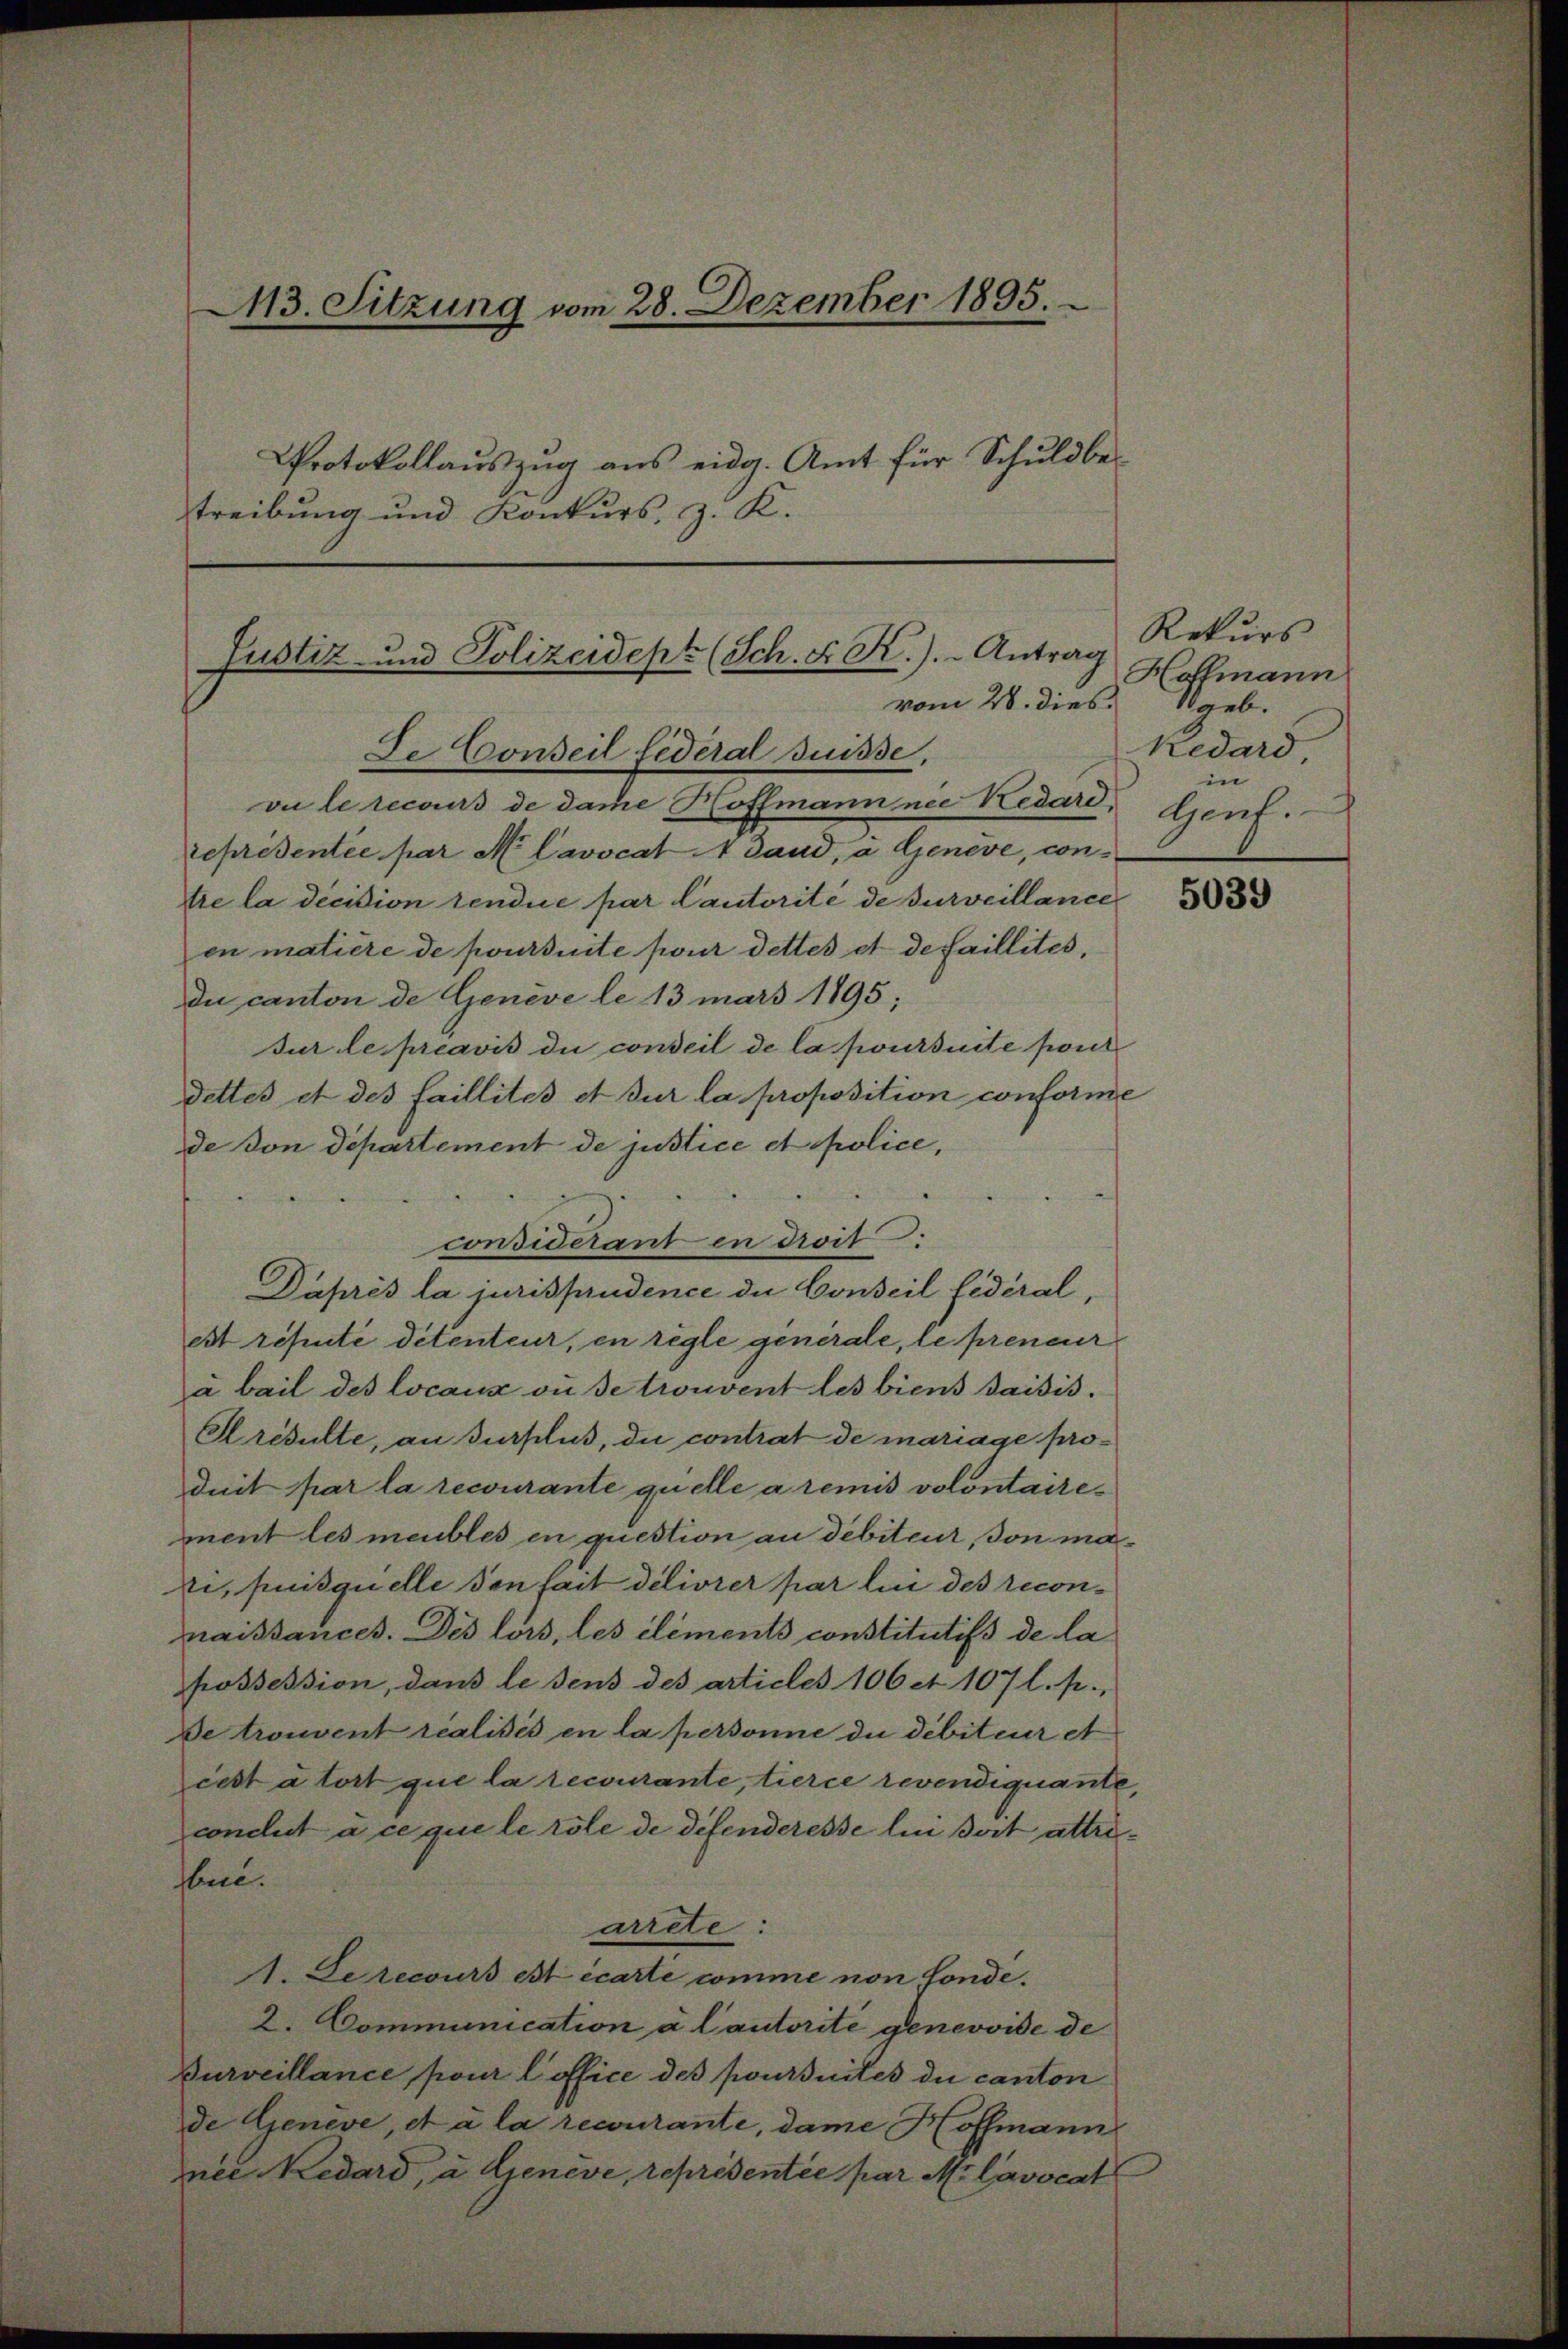
113. Sitzung vom 28. Dezember 1895.
Protokollauszug aus eidg. Amt für Schuldbetreibung und Konkurs, z. K.

Justiz- und Polizeidept (Sch. Fr. K.). Antrag
vom 28. dies
Se Conseil lederal Suisse,

vu le recours de dame Hoffmann nie Kedard
représentée par N. Cavocat 4 Sand, a. Geneve, contre la décision rendice par Cautorité de surveillance
en matière de poursuite pour dettes et de faillités,
du canton de Geneve le 13 mars 1895;
sur le préavis die conseil de la poursuite port
dettes et des faillités et sur la proposition conforme
de von Departement de justice et police,

considerant en droit
Daprès la jurisprudence die Conseil lidéral,
est réputé détenteur, en règle generale, le preneur
à bail des locaux ou de trouvent les biens saisis.
Arésulte, an surplus, die contrat de mariage produit par la recourante quelle a remis volontairement les meubles en question an debiteur, von maki, suisquelle den fait délivrer par lui des reconmaissances. Des lors, les elements constitutifs de la
possession, dans le sens des articles 106 et 107 l. p.,
De trouvent realisés en la personne du débiteur et
cest à tort que la recourante, tierce revendiquante,
conclut à ce que le role de difenderesse lui dort attrisben.
arrete:
A. Le recours et écarte comme von fonde.
2. Communication à Cautorite genevoise de
Burveillance, pour l office des poursuites du canton
de Geneve, et à la recourante, dame Hoffmann
nee Redard, a. Genève, representée par M. lavocat

Rekurs
Hoffmann
Saeb.
Redard,
in
Gent.

5039